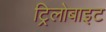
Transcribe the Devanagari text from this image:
ट्रिलोबाइट